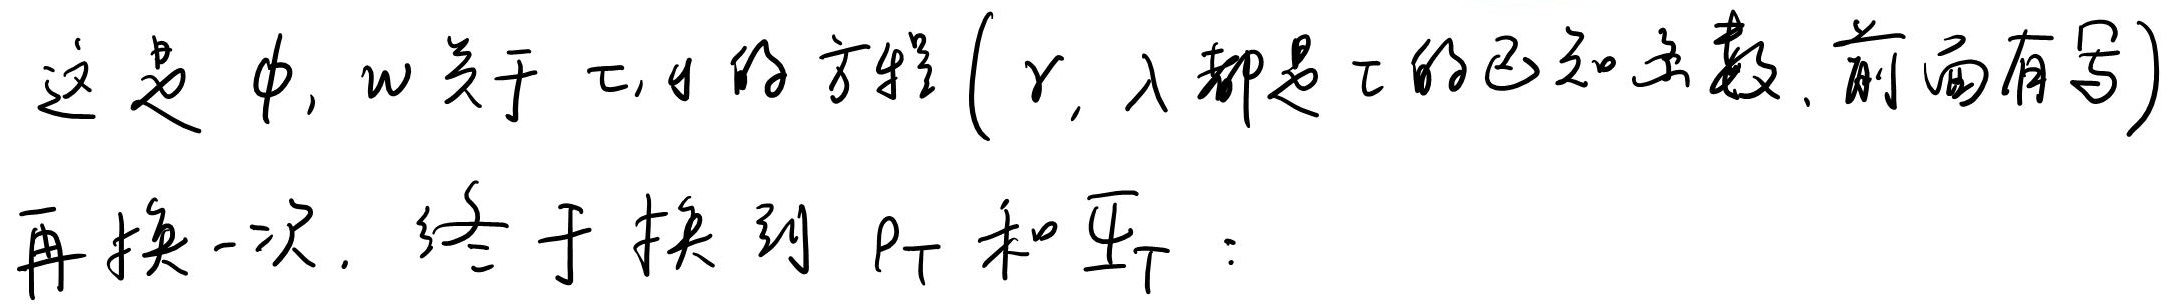
这题中, $w$ 关于 $\tau,\theta$ 的方程 ($r,\lambda$ 都是 $\tau$ 的已知函数, 前面有号)
再换一次, 终于换到 $p_{T}$ 和 $\Psi_{T}$: